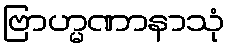
ဗြာဟ္မဏာနာသုံ